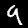
Label: 9